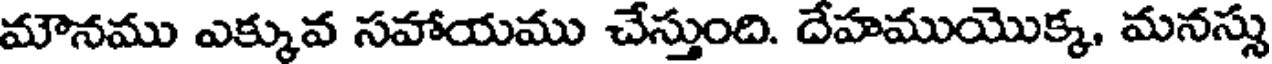
మౌనము ఎక్కువ సహాయము చేస్తుంది. దేహముయొక్క, మనస్సు